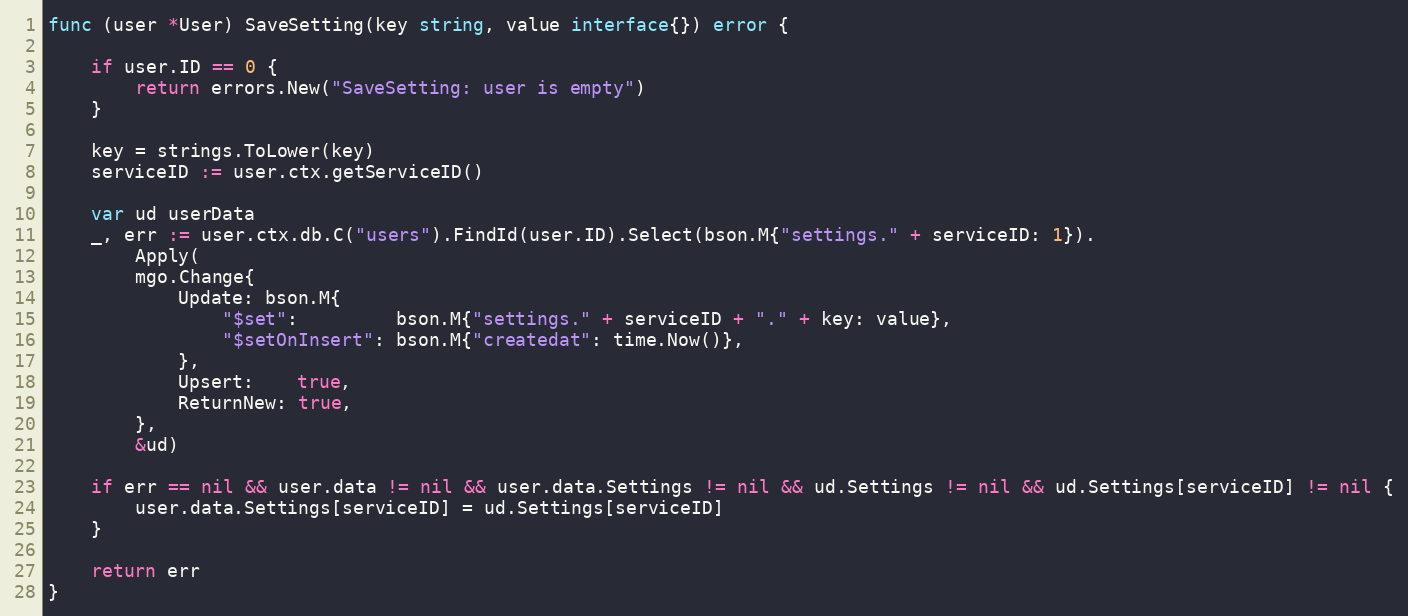
Language: Go
func (user *User) SaveSetting(key string, value interface{}) error {

	if user.ID == 0 {
		return errors.New("SaveSetting: user is empty")
	}

	key = strings.ToLower(key)
	serviceID := user.ctx.getServiceID()

	var ud userData
	_, err := user.ctx.db.C("users").FindId(user.ID).Select(bson.M{"settings." + serviceID: 1}).
		Apply(
		mgo.Change{
			Update: bson.M{
				"$set":         bson.M{"settings." + serviceID + "." + key: value},
				"$setOnInsert": bson.M{"createdat": time.Now()},
			},
			Upsert:    true,
			ReturnNew: true,
		},
		&ud)

	if err == nil && user.data != nil && user.data.Settings != nil && ud.Settings != nil && ud.Settings[serviceID] != nil {
		user.data.Settings[serviceID] = ud.Settings[serviceID]
	}

	return err
}